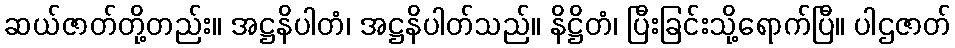
ဆယ်ဇာတ်တို့တည်း။ အဋ္ဌနိပါတံ၊ အဋ္ဌနိပါတ်သည်။ နိဋ္ဌိတံ၊ ပြီးခြင်းသို့ရောက်ပြီ။ ပါဌဇာတ်